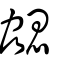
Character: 勰